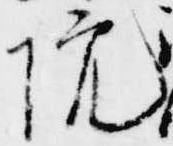
院